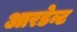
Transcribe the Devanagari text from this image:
आरडेन्ट